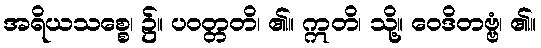
အရိယသစ္စေ၊ ၌။ ပဝတ္တတိ၊ ၏။ ဣတိ၊ သို့။ ဝေဒိတဗ္ဗံ၊ ၏။